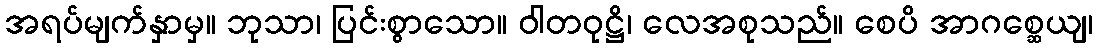
အရပ်မျက်နှာမှ။ ဘုသာ၊ ပြင်းစွာသော။ ဝါတဝုဋ္ဌိ၊ လေအစုသည်။ စေပိ အာဂစ္ဆေယျ၊